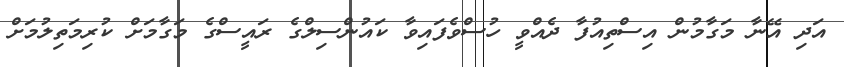
އަދި އޭނާ މަގާމުން އިސްތިއުފާ ދެއްވީ ހުސްވެފައިވާ ކައުންސިލްގެ ރައީސްގެ މަގާމަށް ކުރިމަތިލުމަށް